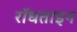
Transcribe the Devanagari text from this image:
रॉधताइन